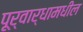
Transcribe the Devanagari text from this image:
पूर्वार्धामधील